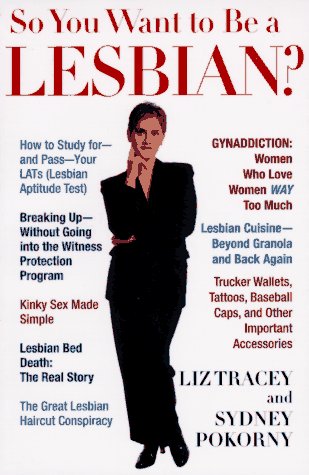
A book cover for So You Want to Be a Lesbian?; Liz Tracey; Gay & Lesbian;